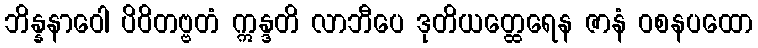
ဘိန္နနာဝေါ ပိဝိတဗ္ဗတံ ဣန္ဒတိ လာဘီပေ ဒုတိယတ္ထေရေန ဇာနံ ဝစနပထော